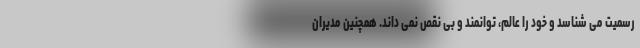
رسمیت می شناسد و خود را عالم، توانمند و بی نقص نمی داند. همچنین مدیران